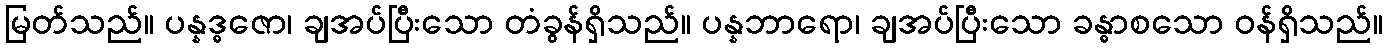
မြတ်သည်။ ပန္နဒ္ဓဇော၊ ချအပ်ပြီးသော တံခွန်ရှိသည်။ ပန္နဘာရော၊ ချအပ်ပြီးသော ခန္ဓာစသော ဝန်ရှိသည်။